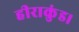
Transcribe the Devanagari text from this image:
हीराकुंड।